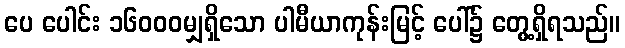
ပေ ပေါင်း ၁၆၀၀၀မျှရှိသော ပါမီယာကုန်းမြင့် ပေါ်၌ တွေ့ရှိရသည်။